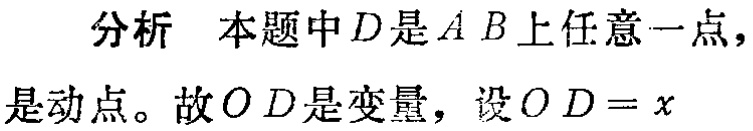
分析 本题中\(D\)是\(AB\)上任意一点，是动点。故\(OD\)是变量，设\(OD = x\)